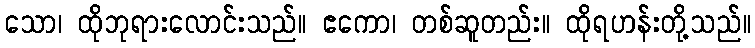
သော၊ ထိုဘုရားလောင်းသည်။ ဧကော၊ တစ်ဆူတည်း။ ထိုရဟန်းတို့သည်။